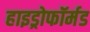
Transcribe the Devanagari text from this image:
हाइड्रोफॉर्मड